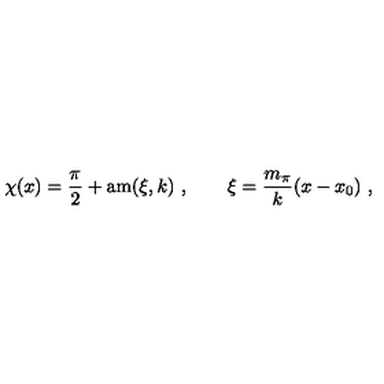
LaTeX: \chi ( x ) = \frac { \pi } { 2 } + \mathrm { a m } ( \xi , k ) \ , \qquad \xi = \frac { m _ { \pi } } { k } ( x - x _ { 0 } ) \ ,